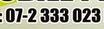
07-2333023